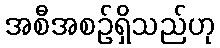
အစီအစဉ်ရှိသည်ဟု